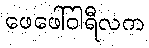
ဖေဖေါ်ဝါရီလက